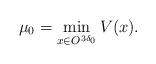
LaTeX: \begin{align*} \mu_0=\min_{x\in O^{3\delta_0}}V(x).\end{align*}